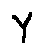
Y